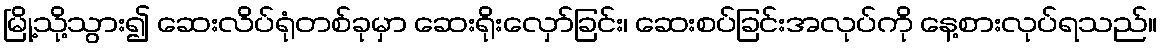
မြို့သို့သွား၍ ဆေးလိပ်ရုံတစ်ခုမှာ ဆေးရိုးလှော်ခြင်း၊ ဆေးစပ်ခြင်းအလုပ်ကို နေ့စားလုပ်ရသည်။